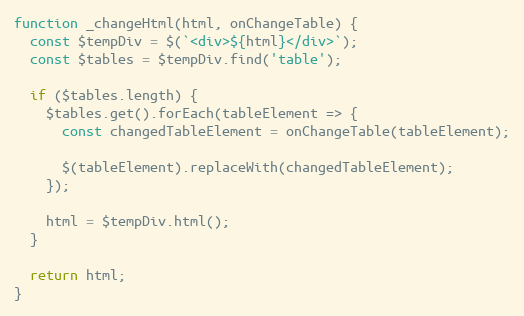
Language: JavaScript
function _changeHtml(html, onChangeTable) {
  const $tempDiv = $(`<div>${html}</div>`);
  const $tables = $tempDiv.find('table');

  if ($tables.length) {
    $tables.get().forEach(tableElement => {
      const changedTableElement = onChangeTable(tableElement);

      $(tableElement).replaceWith(changedTableElement);
    });

    html = $tempDiv.html();
  }

  return html;
}